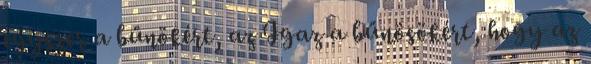
egyszer a bűnökért, az Igaz a bűnösökért, hogy az